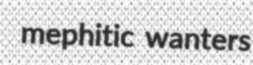
mephitic wanters